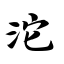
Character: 沱